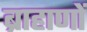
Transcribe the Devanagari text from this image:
ब्राहाणों